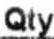
QTY